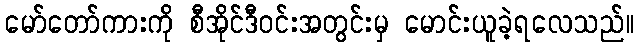
မော်တော်ကားကို စီအိုင်ဒီဝင်းအတွင်းမှ မောင်းယူခဲ့ရလေသည်။